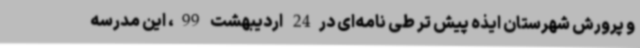
و پرورش شهرستان ایذه پیش تر طی نامه‌ای در24 اردیبهشت 99، این مدرسه